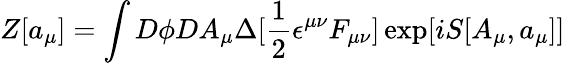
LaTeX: Z[a_{\mu}]=\int D\phi DA_{\mu}\Delta[\frac{1}{2}\epsilon^{\mu\nu}F_{\mu\nu}]\exp[iS[A_{\mu},a_{\mu}]]